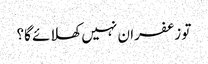
تو زعفران نہیں کھلائے گا؟